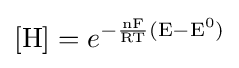
[\mathrm {H} ]=e^{\mathrm {{-{\frac {nF}{RT}}}(E-E^{0})} }